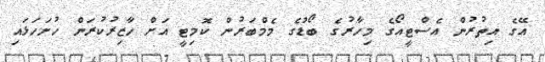
އޭގެ އިތުރުން އެސްޓީއޯގެ މިހާރުގެ ބޯޑުގެ މެމްބަރުން ކޮމިޓީ އަށް ހާޒިރުކުރަން ހުށަހަޅައި